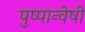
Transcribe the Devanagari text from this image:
पुष्पान्वेषी